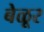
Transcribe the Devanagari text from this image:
बेळूर